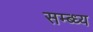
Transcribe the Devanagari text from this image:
सम्ब्ध्य